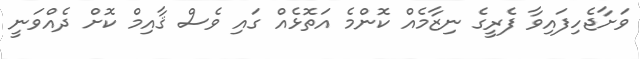
ވަށާޖެހިފައިވާ ފެރީގެ ނިޒާމެއް ކޮންމެ އަތޮޅެއް ގައި ވެސް ޤާއިމް ކޮށް ދެއްވަނީ